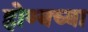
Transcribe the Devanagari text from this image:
होण्यच्या